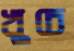
খুচে